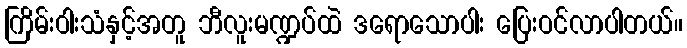
ကြိမ်းဝါးသံနှင့်အတူ ဘီလူးမဏ္ဍပ်ထဲ ဒရောသောပါး ပြေးဝင်လာပါတယ်။